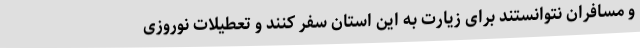
و مسافران نتوانستند برای زیارت به این استان سفر کنند و تعطیلات نوروزی